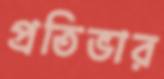
প্রতিভার